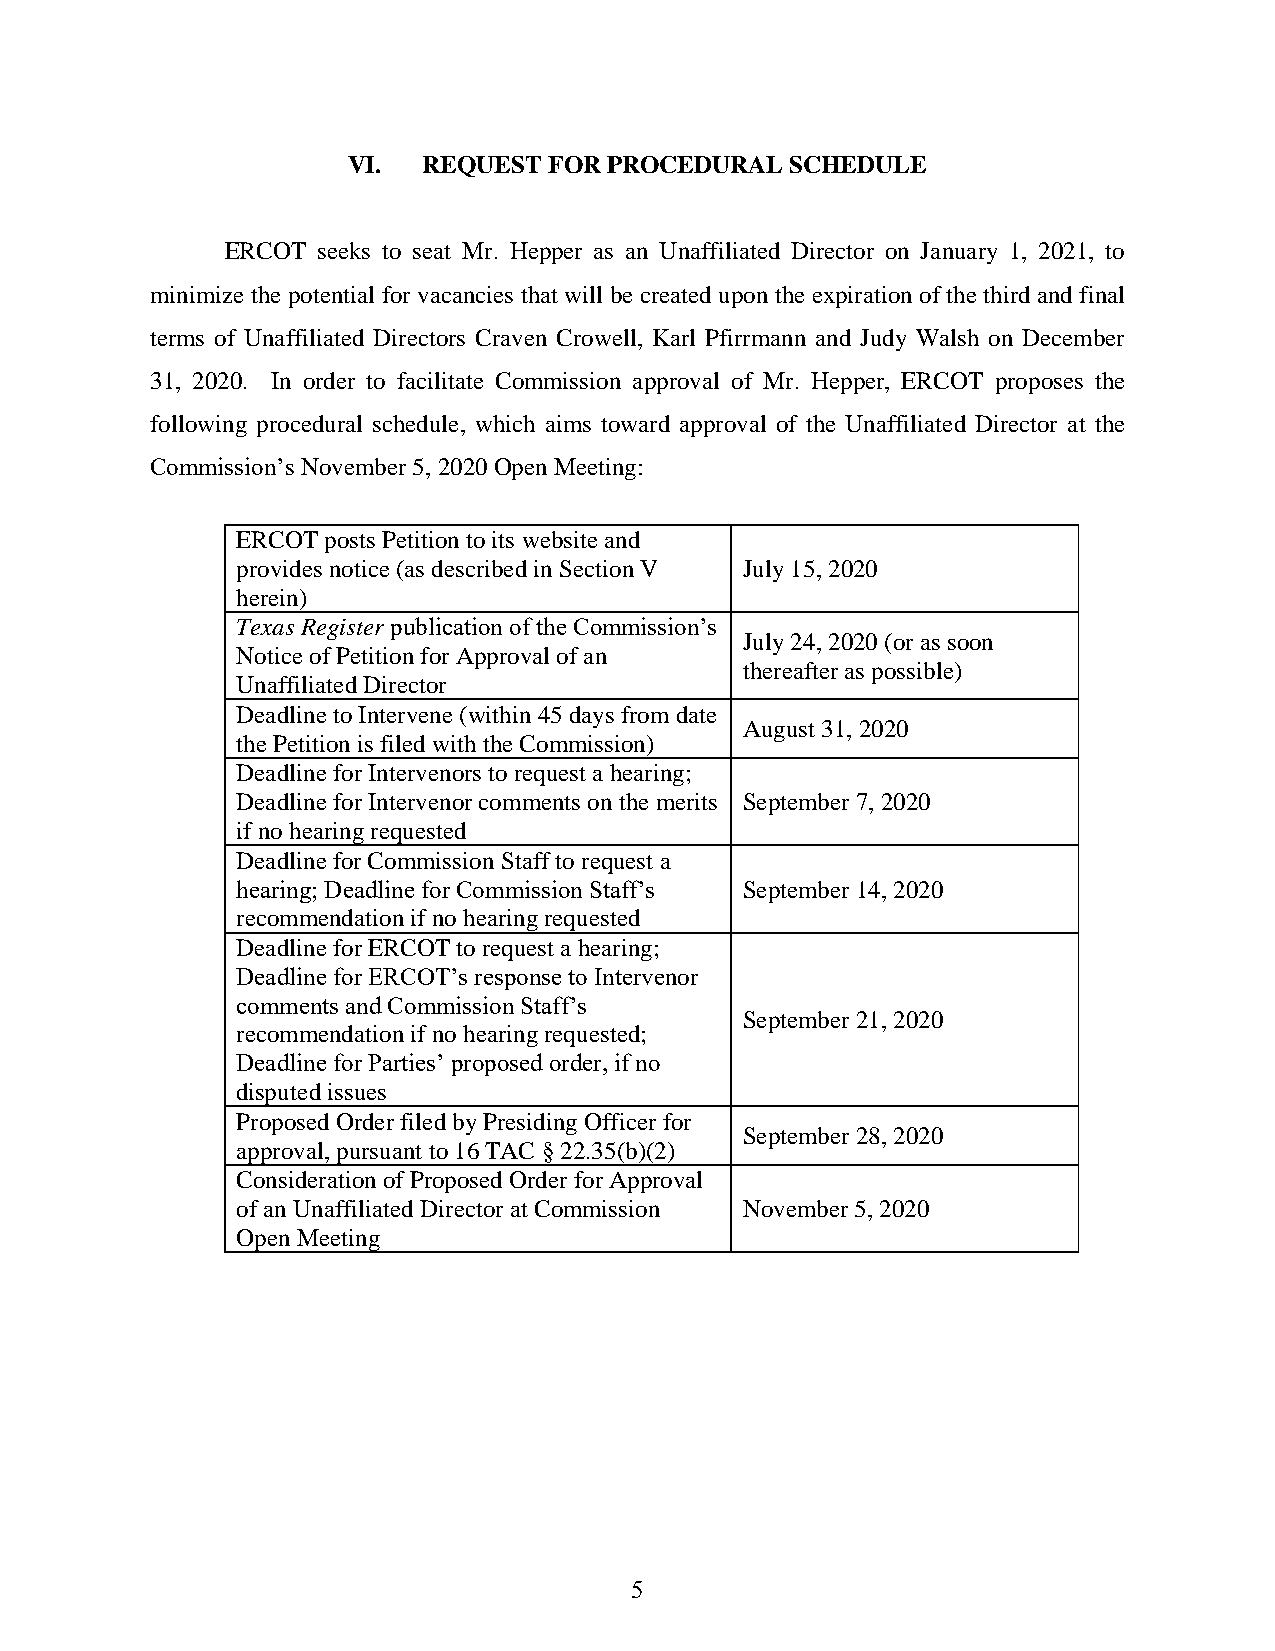
VI.  REQUEST FOR PROCEDURAL  SCHEDULE
 ERCOT seeks to seat Mr. Hepper as an Unaffiliated Director on January 1, 2021, to
 minimize the potential for vacancies that will be created upon the expiration of the third and final
 terms of Unaffiliated Directors Craven Crowell, Karl Pfirrmann and Judy Walsh on December
 31, 2020. In order to facilitate Commission approval of Mr. Hepper, ERCOT proposes the
 following procedural schedule, which aims toward approval of the Unaffiliated Director at the
 Commission’s November 5, 2020 Open Meeting:
 ERCOT posts Petition to its website and
 provides notice (as described in Section V July 15, 2020
 herein)
 Texas Register publication of the Commission’s
 July 24, 2020 (or as soon
 Notice of Petition for Approval of an
 thereafter as possible)
 Unaffiliated Director
 Deadline to Intervene (within 45 days from date
 August 31, 2020
 the Petition is filed with the Commission)
 Deadline for Intervenors to request a hearing;
 Deadline for Intervenor comments on the merits September 7, 2020
 if no hearing requested
 Deadline for Commission Staff to request a
 hearing; Deadline for Commission Staff’s September 14, 2020
 recommendation if no hearing requested
 Deadline for ERCOT to request a hearing;
 Deadline for ERCOT’s response to Intervenor
 comments and Commission Staff’s
 September 21, 2020
 recommendation if no hearing requested;
 Deadline for Parties’ proposed order, if no
 disputed issues
 Proposed Order filed by Presiding Officer for
 September 28, 2020
 approval, pursuant to 16 TAC § 22.35(b)(2)
 Consideration of Proposed Order for Approval
 of an Unaffiliated Director at Commission November 5, 2020
 Open Meeting
 5